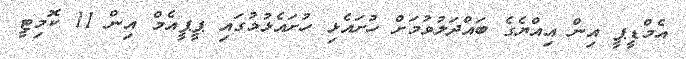
އެމްޑީޕީ އިން އިއްޔެގެ ބައްދަލުވުމަށް ހުށައެޅި ހުށައެޅުމުގައި ޕީޕީއެމް އިން 11 ކޮމިޓީ